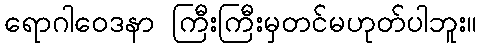
ရောဂါဝေဒနာ ကြီးကြီးမှတင်မဟုတ်ပါဘူး။